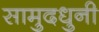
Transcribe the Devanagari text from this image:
सामुदधुनी